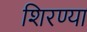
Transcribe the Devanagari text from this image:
शिरण्या